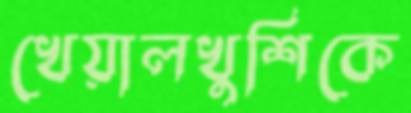
খেয়ালখুশিকে